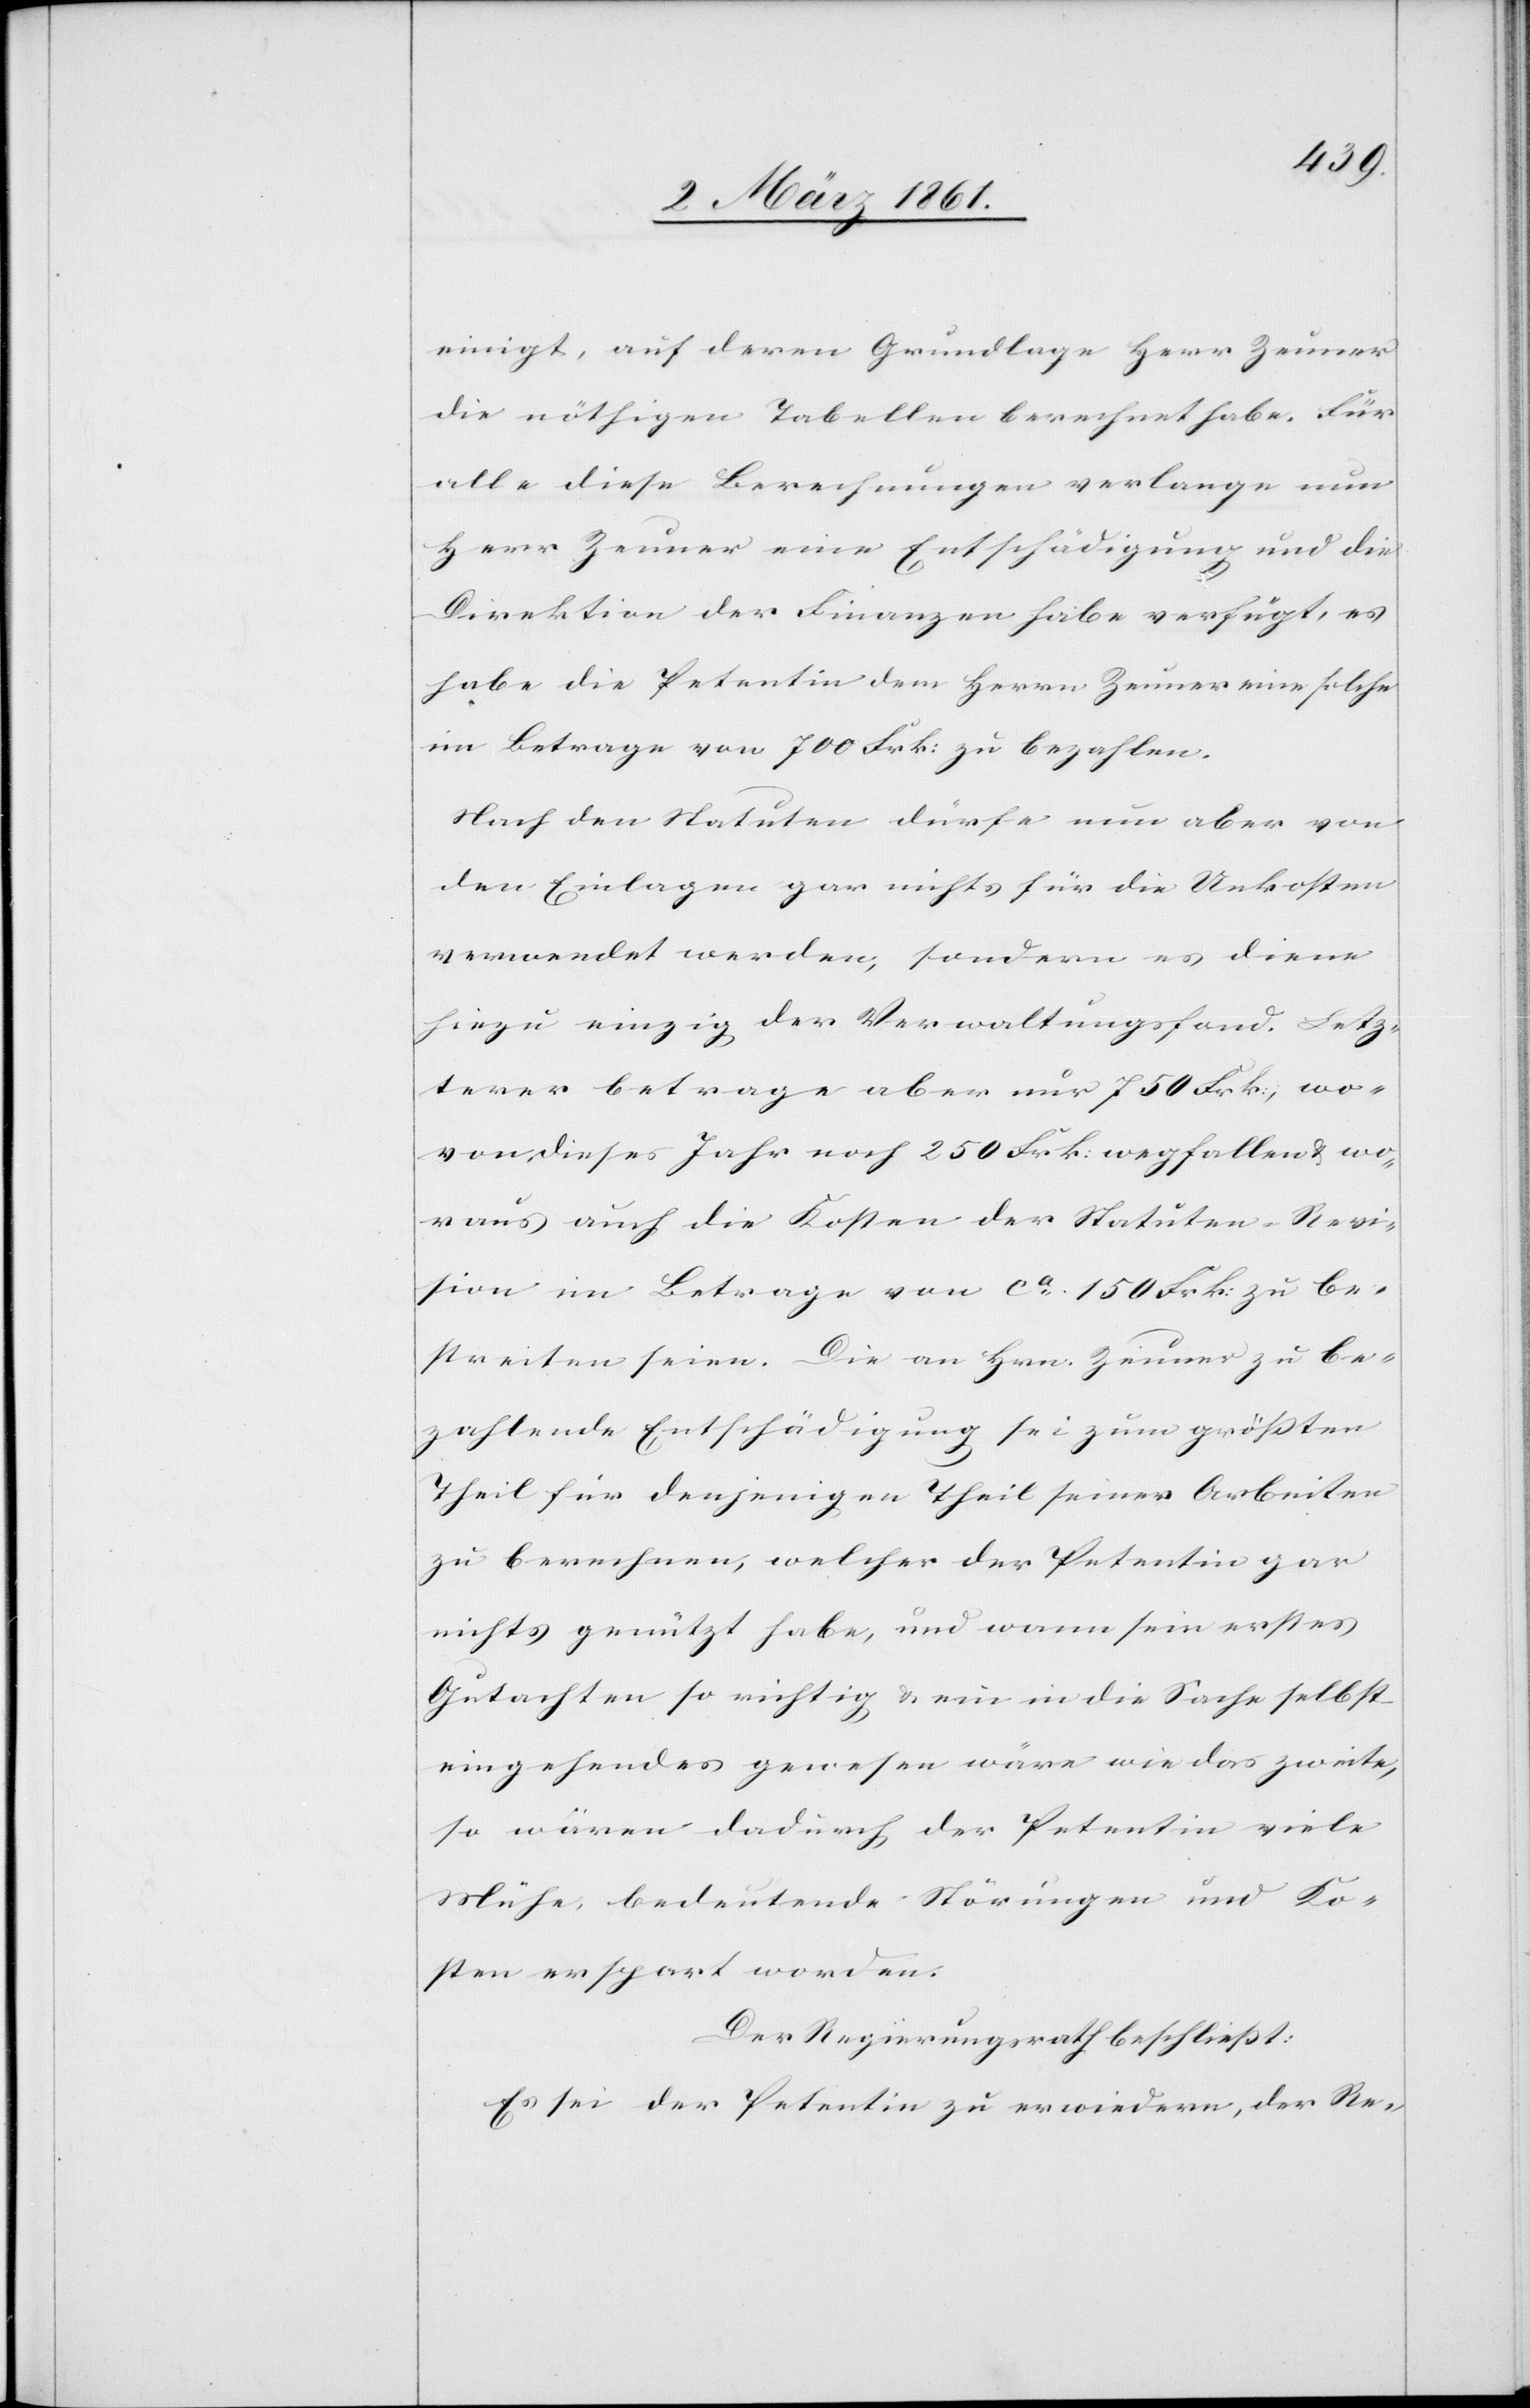
einigt, auf deren Grundlage Herr Zeuner
die nöthigen Tabellen berechnet habe. Für
alle diese Berechnungen verlange nun
Herr Zeuner eine Entschädigung und die
Direktion der Finanzen habe verfügt, es
habe die Petentin dem Herrn Zeuner eine solche
im Betrage von 700 Frk: zu bezahlen.
Nach den Statuten dürfe nun aber von
den Einlagen gar nichts für die Unkosten
verwendet werden, sondern es diene
hiezu einzig der Verwaltungsfond. Letz¬
terer betrage aber nur 750 Frk., wo¬
von dieses Jahr noch 250 Frk: wegfallen u. wo¬
raus auch die Kosten der Statuten-Revi¬
sion im Betrage von ca 150 Frk. zu be¬
streiten seien. Die an Hrn. Zeuner zu be¬
zahlende Entschädigung sei zum grössten
Theil für denjenigen Theil seiner Arbeiten
zu berechnen, welcher der Petentin gar
nichts genützt habe, und wann sein erstes
Gutachten so richtig u. ein in die Sache selbst
eingehendes gewesen wäre wie das zweite,
so wären dadurch der Petentin viele
Mühe, bedeutende Störungen und Ko¬
sten erspart worden.
Der Regierungsrath beschliesst:
Es sei der Petentin zu erwiedern, der Re-